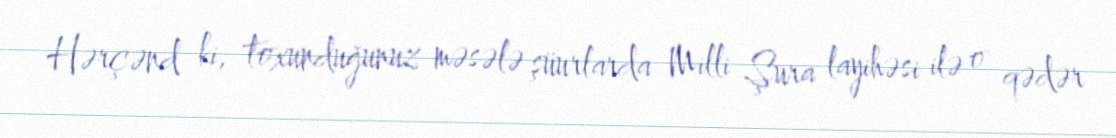
Hərçənd ki, toxunduğunuz məsələ şüurlarda Milli Şura layihəsi ilə o qədər